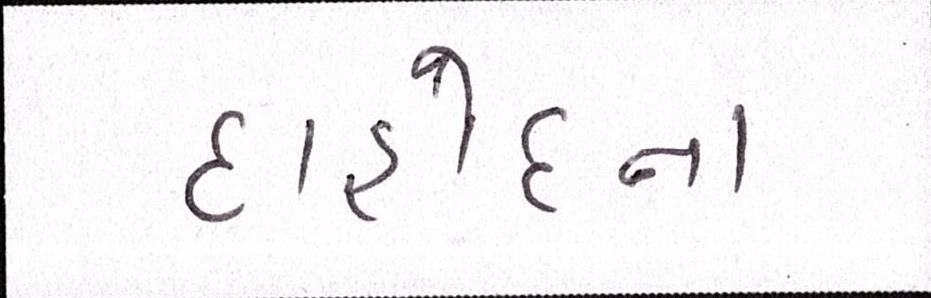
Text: દાહોદના